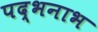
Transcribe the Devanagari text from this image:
पद्भनाभ